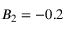
B _ { 2 } = - 0 . 2